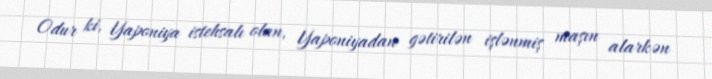
Odur ki, Yaponiya istehsalı olan, Yaponiyadan gətirilən işlənmiş maşın alarkən